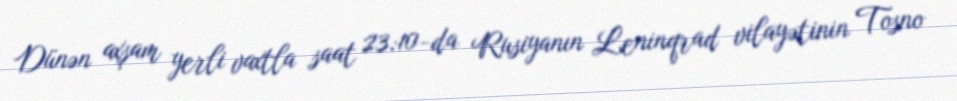
Dünən axşam yerli vaxtla saat 23:10-da Rusiyanın Leninqrad vilayətinin Tosno